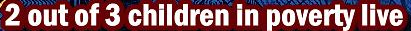
2 out of 3 children in poverty live